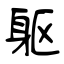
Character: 躯